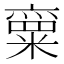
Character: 𱹝